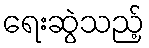
ရေးဆွဲသည့်